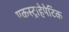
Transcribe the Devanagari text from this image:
एकस्ट्राहेपेटिक